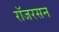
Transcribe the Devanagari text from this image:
रॉजरसन